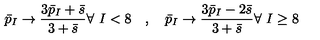
\bar { p } _ { I } \to { \frac { 3 \bar { p } _ { I } + \bar { s } } { 3 + \bar { s } } } \forall \ I < 8 \quad , \quad \bar { p } _ { I } \to { \frac { 3 \bar { p } _ { I } - 2 \bar { s } } { 3 + \bar { s } } } \forall \ I \geq 8